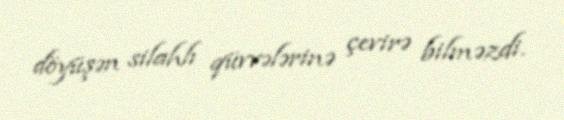
döyüşən silahlı qüvvələrinə çevirə bilməzdi.